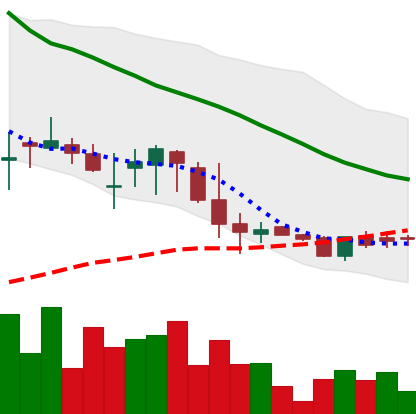
Ticker: DOGE-USD
Chart end date: 2018-06-01
Forward return: 10.634%
Label: up_7plus